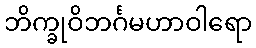
ဘိက္ခုဝိဘင်္ဂမဟာဝါရော